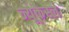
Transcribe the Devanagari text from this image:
न्यूकैस्ल